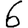
Digit: 6